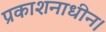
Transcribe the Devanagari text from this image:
प्रकाशनाधीन।